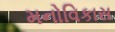
મનોવિકાસ